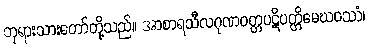
ဘုရားသားတော်တို့သည်။ အာစာရသီလဂုဏဝတ္တပဋိပတ္တိမေဃဝဿံ၊